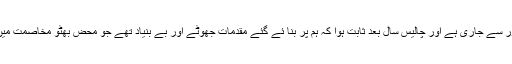
آصف زرداری نے کہا کہ پیپلز پارٹی کا احتساب بھٹو دور سے جاری ہے اور چالیس سال بعد ثابت ہوا کہ ہم پر بنا ئے گئے مقدمات جھوٹے اور بے بنیاد تھے جو محض بھٹو مخاصمت میں بنائے گئے تاکہ پیپلز پارٹی کو دباؤ میں رکھا جاسکے۔